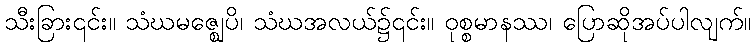
သီးခြား၎င်း။ သံဃမဇ္ဈေပိ၊ သံဃအလယ်၌၎င်း။ ဝုစ္စမာနဿ၊ ပြောဆိုအပ်ပါလျက်။